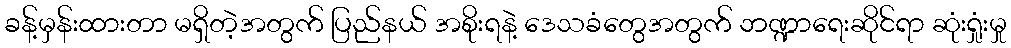
ခန့်မှန်းထားတာ မရှိတဲ့အတွက် ပြည်နယ် အစိုးရနဲ့ ဒေသခံတွေအတွက် ဘဏ္ဍာရေးဆိုင်ရာ ဆုံးရှုံးမှု